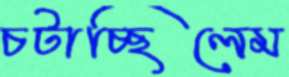
চটাচ্ছিলেম